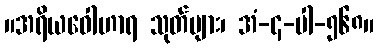
။အရိယဝေါဟာရ သုတ်များ၊ အံ-၄-ပါ-၅၆၈။